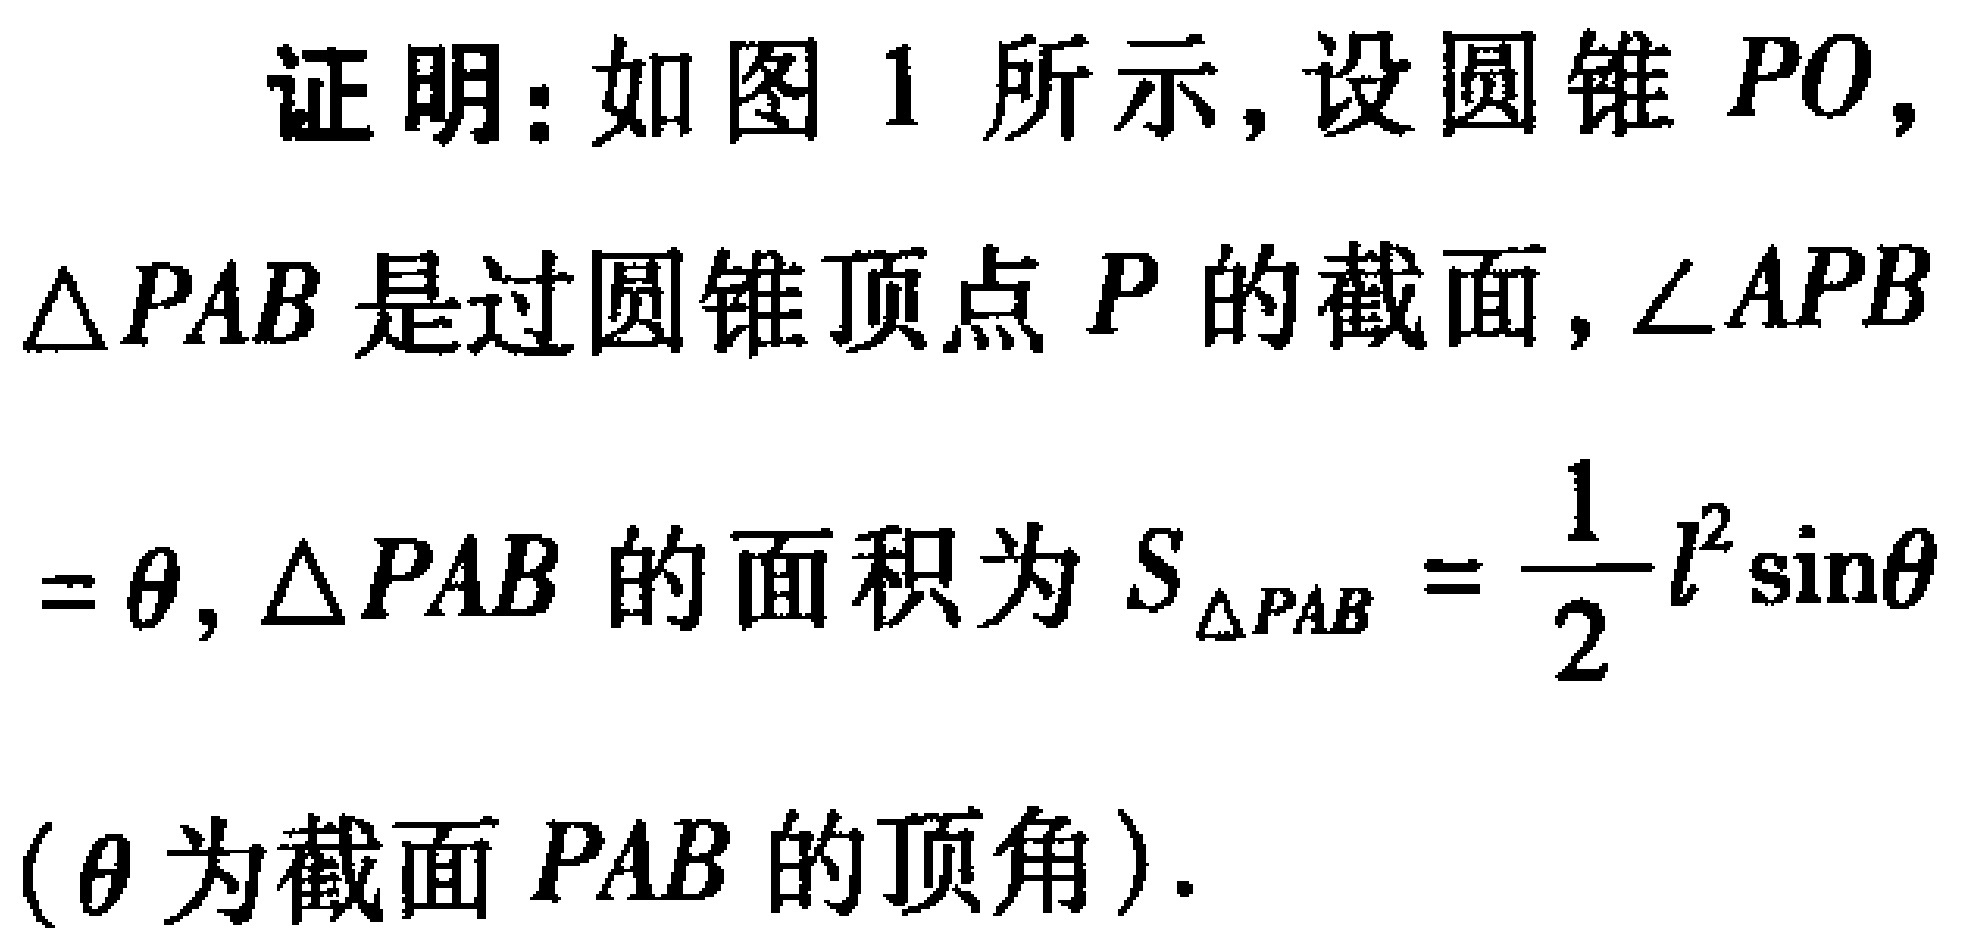
证明：如图1所示，设圆锥\(PO\)，\(\triangle PAB\)是过圆锥顶点\(P\)的截面，\(\angle APB=\theta\)，\(\triangle PAB\)的面积为\(S_{\triangle PAB}=\frac{1}{2}l^{2}\sin\theta\)（\(\theta\)为截面\(PAB\)的顶角）.